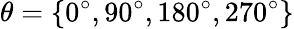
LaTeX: \theta=\{ 0^{\circ},90^{\circ},180^{\circ},270^{\circ}\}